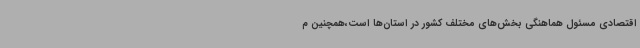
اقتصادی مسئول هماهنگی بخش‌های مختلف کشور در استان‌ها است،همچنین م